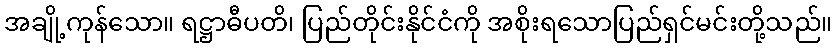
အချို့ကုန်သော။ ရဋ္ဌာဓီပတိ၊ ပြည်တိုင်းနိုင်ငံကို အစိုးရသောပြည်ရှင်မင်းတို့သည်။